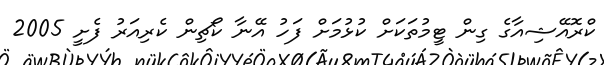
ކްރޮއޭޝިއާގެ ގިން ޓީމުތަކަށް ކުޅުމަށް ފަހު އޭނާ ކޯޗިން ކެރިއަރު ފެށީ 2005